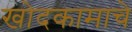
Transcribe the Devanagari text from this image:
खोदकामाचे